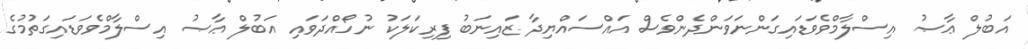
އަބުލް ޢާޞު އިސްލާމްވެވަޑައިގަންނަވަންދެންވެސް އައްސައްޔިދާ ޒައިނަބު ފިރިކަލަކު ނުހޯއްދަވައި އަބުލް ޢާޞު އިސްލާމްވެވަޑައިގަތުމުގެ